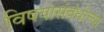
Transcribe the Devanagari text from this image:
विषयासंबंधीच्या